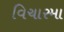
વિચારમા